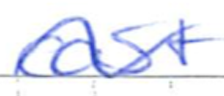
Text: cast
Cross-out: wave
Writing tool: ballpoint